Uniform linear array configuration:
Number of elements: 32
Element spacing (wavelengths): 0.25
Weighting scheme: binomial
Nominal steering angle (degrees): -60
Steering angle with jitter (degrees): -59.989
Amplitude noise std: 0.05
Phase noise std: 0.05

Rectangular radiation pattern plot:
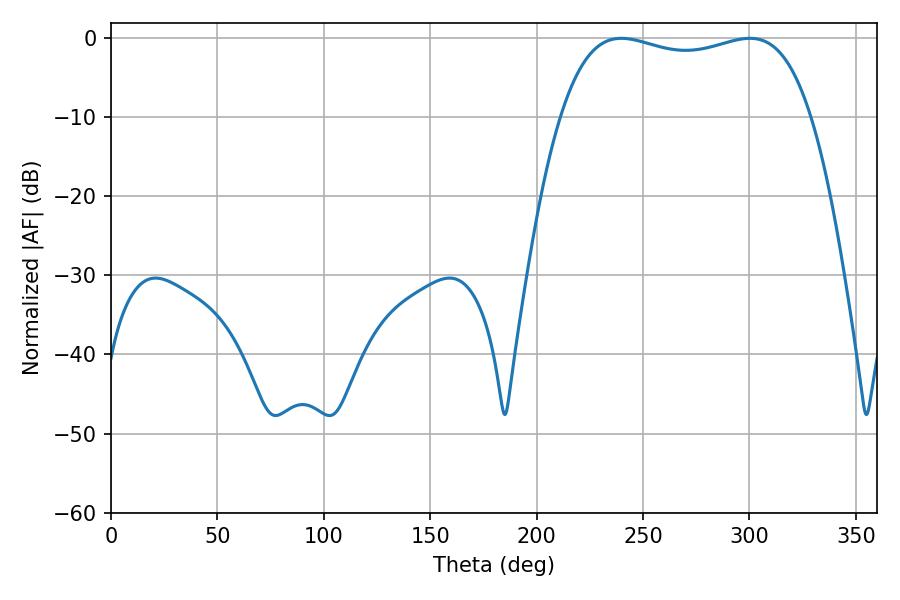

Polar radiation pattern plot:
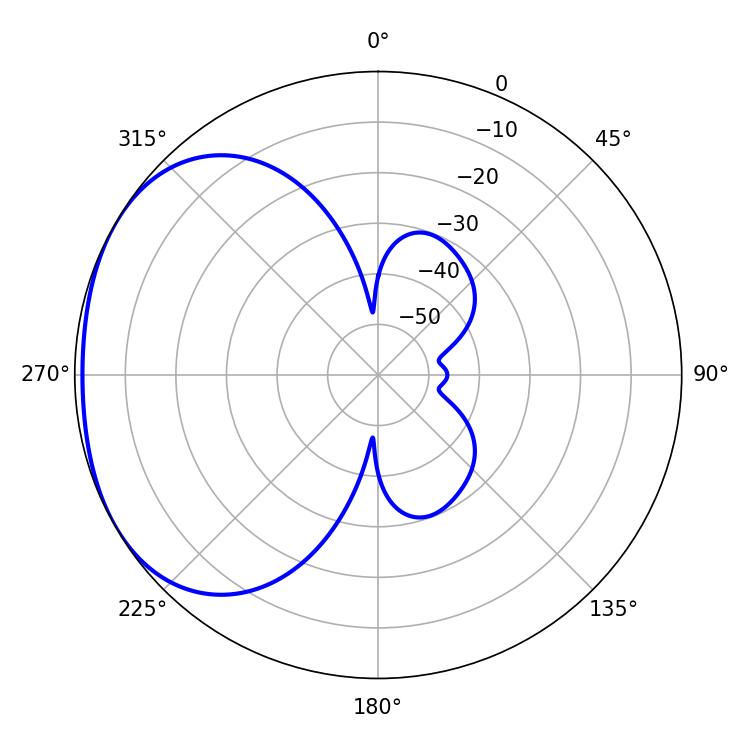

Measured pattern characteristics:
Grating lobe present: FALSE
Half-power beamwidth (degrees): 95.4
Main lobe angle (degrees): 239.76